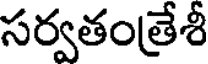
సర్వతంత్రేశీ